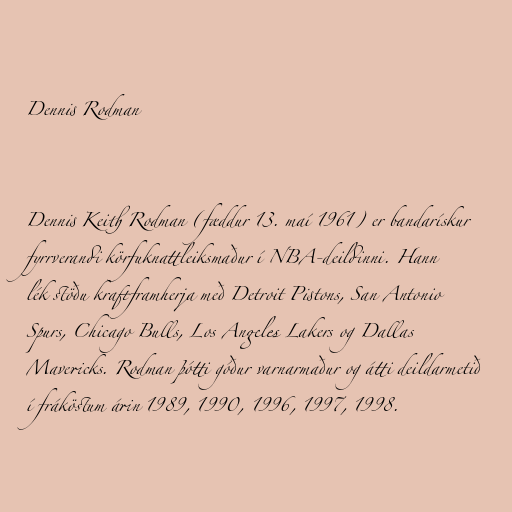
Dennis Rodman

Dennis Keith Rodman (fæddur 13. maí 1961) er bandarískur
fyrrverandi körfuknattleiksmaður í NBA-deildinni. Hann
lék stöðu kraftframherja með Detroit Pistons, San Antonio
Spurs, Chicago Bulls, Los Angeles Lakers og Dallas
Mavericks. Rodman þótti góður varnarmaður og átti deildarmetið
í fráköstum árin 1989, 1990, 1996, 1997, 1998.